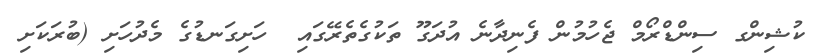
ކުޝިންގ ސިންޑްރޯމް ޖެހުމުން ފެނިދާނެ އުދަގޫ ތަކުގެތެރޭގައި  ހަށިގަނޑުގެ މެދުހަށި (ބުރަކަށި